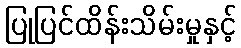
ပြုပြင်ထိန်းသိမ်းမှုနှင့်